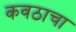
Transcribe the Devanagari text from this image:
कवठाचा